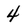
Character: 4